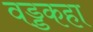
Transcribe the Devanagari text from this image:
वड्डकहा